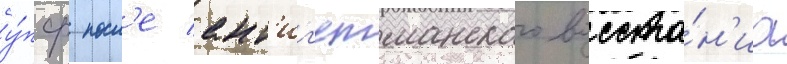
у́пср посл'е ант'иг'етманского восста́н'иа